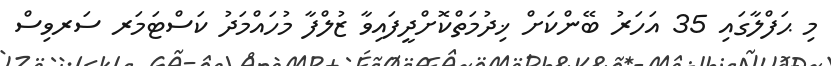
މި ޙަފްލާގައި 35 އަހަރު ބޭންކަށް ޚިދުމަތްކޮށްދީފައިވާ ޒުލްފާ މުހައްމަދު ކަސްޓަމަރ ސަރވިސް